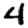
Digit: 4